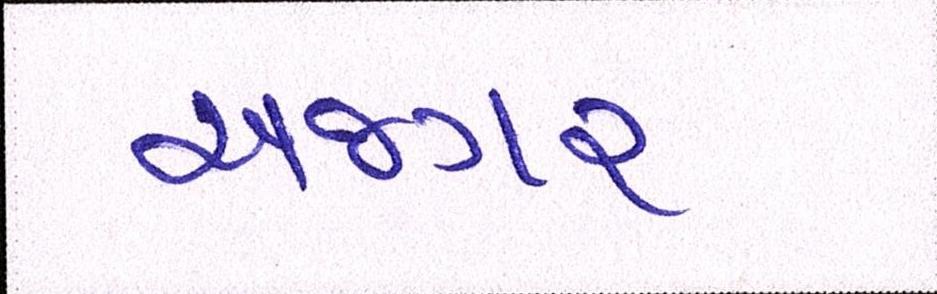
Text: અજગર